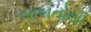
બાબતોથી